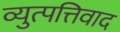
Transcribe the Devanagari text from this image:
व्युत्पत्तिवाद